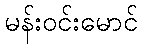
မန်းဝင်းမောင်